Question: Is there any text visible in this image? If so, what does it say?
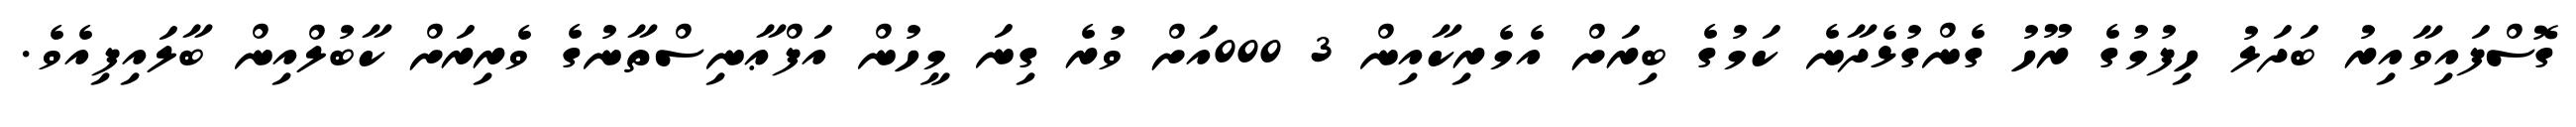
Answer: ގޮސްފައިވާއިރު ބަދަލު ހިފުމުގެ ރޫހު ގެންގުޅެދާނެ ކަމުގެ ބިރަށް އެމެރިކާއިން 3 000އަށް ވުރެ ގިނަ މީހުން އަފްޢާނިސްތާނުގެ ވެރިރަށް ކާބުލްއިން ބާލައިފިއެވެ.